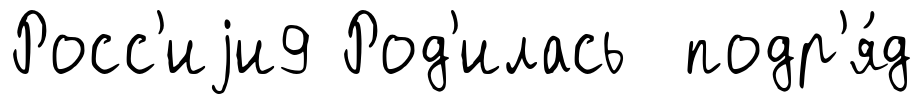
Росс'иjи9 Род'илась подр'я́д